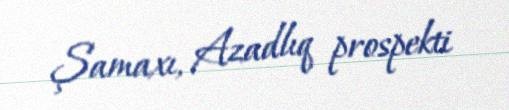
Şamaxı, Azadlıq prospekti